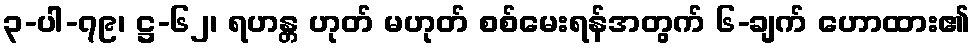
၃-ပါ-၇၉၊ ဋ္ဌ-၆၂၊ ရဟန္တ ဟုတ် မဟုတ် စစ်မေးရန်အတွက် ၆-ချက် ဟောထား၏